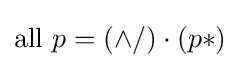
{\rm {all}}\ p=(\land /)\cdot (p*)